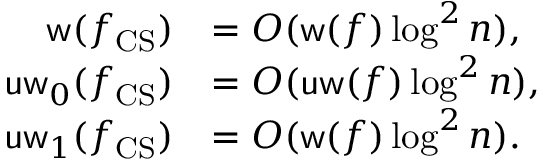
\begin{array} { r l } { \mathsf { w } ( f _ { \mathrm { C S } } ) } & { = O ( \mathsf { w } ( f ) \log ^ { 2 } n ) , } \\ { \mathsf { u w } _ { 0 } ( f _ { \mathrm { C S } } ) } & { = O ( \mathsf { u w } ( f ) \log ^ { 2 } n ) , } \\ { \mathsf { u w } _ { 1 } ( f _ { \mathrm { C S } } ) } & { = O ( \mathsf { w } ( f ) \log ^ { 2 } n ) . } \end{array}